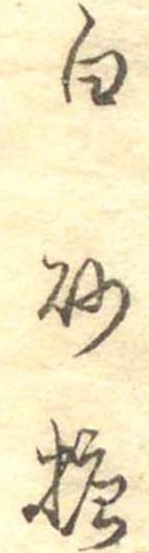
白砂糖